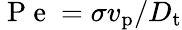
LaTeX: \mathrm{~P~e~}=\sigma v_{\mathrm{p}}/D_{\mathrm{t}}